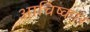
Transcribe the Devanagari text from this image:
आचिष्कार